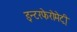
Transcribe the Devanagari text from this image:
इन्टरफेरोमेट्री